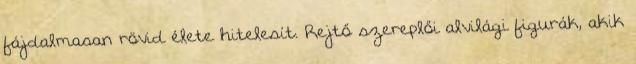
fájdalmasan rövid élete hitelesít. Rejtő szereplői alvilági figurák, akik